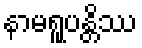
နာမရူပန္တိဿ